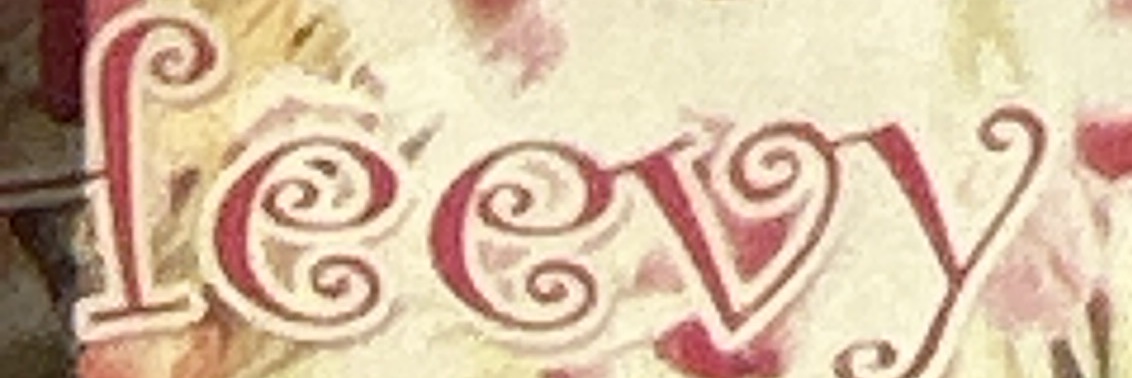
Heevy